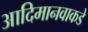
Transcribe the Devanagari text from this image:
आदिमानवाकडे